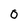
Character: 0